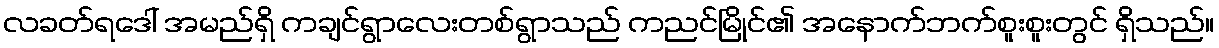
လခတ်ရဒေါ် အမည်ရှိ ကချင်ရွာလေးတစ်ရွာသည် ကညင်မြိုင်၏ အနောက်ဘက်စူးစူးတွင် ရှိသည်။